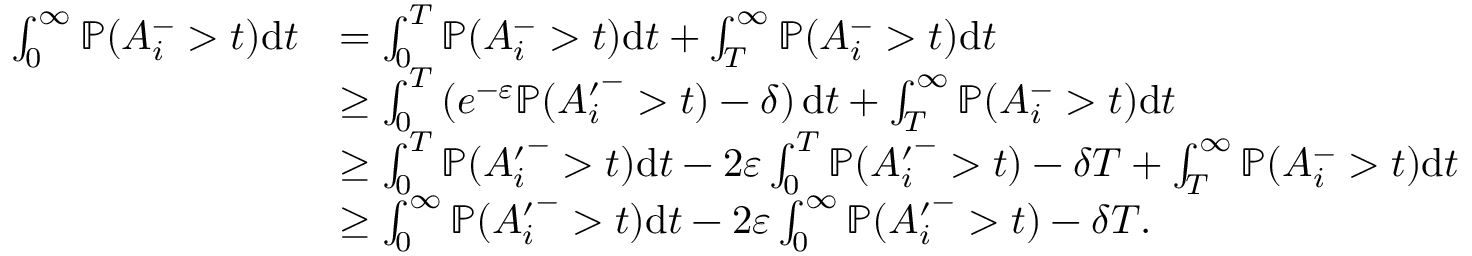
\begin{array} { r l } { \int _ { 0 } ^ { \infty } { \mathbb { P } } ( A _ { i } ^ { - } > t ) \mathrm { d } t } & { = \int _ { 0 } ^ { T } { \mathbb { P } } ( A _ { i } ^ { - } > t ) \mathrm { d } t + \int _ { T } ^ { \infty } { \mathbb { P } } ( A _ { i } ^ { - } > t ) \mathrm { d } t } \\ & { \geq \int _ { 0 } ^ { T } \left( e ^ { - \varepsilon } { \mathbb { P } } ( { A _ { i } ^ { \prime } } ^ { - } > t ) - \delta \right) \mathrm { d } t + \int _ { T } ^ { \infty } { \mathbb { P } } ( A _ { i } ^ { - } > t ) \mathrm { d } t } \\ & { \geq \int _ { 0 } ^ { T } { \mathbb { P } } ( { A _ { i } ^ { \prime } } ^ { - } > t ) \mathrm { d } t - 2 \varepsilon \int _ { 0 } ^ { T } { \mathbb { P } } ( { A _ { i } ^ { \prime } } ^ { - } > t ) - \delta T + \int _ { T } ^ { \infty } { \mathbb { P } } ( A _ { i } ^ { - } > t ) \mathrm { d } t } \\ & { \geq \int _ { 0 } ^ { \infty } { \mathbb { P } } ( { A _ { i } ^ { \prime } } ^ { - } > t ) \mathrm { d } t - 2 \varepsilon \int _ { 0 } ^ { \infty } { \mathbb { P } } ( { A _ { i } ^ { \prime } } ^ { - } > t ) - \delta T . } \end{array}